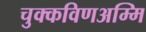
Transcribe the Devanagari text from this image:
चुक्कविणअम्मि